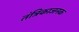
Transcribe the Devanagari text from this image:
तंत्रिकाजनक